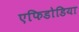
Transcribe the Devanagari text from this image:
एफिडोडिया